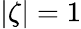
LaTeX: |\zeta|=1